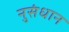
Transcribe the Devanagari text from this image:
नुसंधान